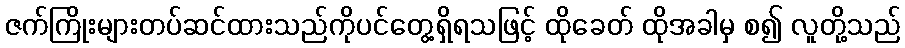
ဇက်ကြိုးများတပ်ဆင်ထားသည်ကိုပင်တွေ့ရှိရသဖြင့် ထိုခေတ် ထိုအခါမှ စ၍ လူတို့သည်